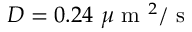
D = 0 . 2 4 \mathrm { ~ } \mu \mathrm { ~ m ~ } ^ { 2 } / \mathrm { ~ s ~ }